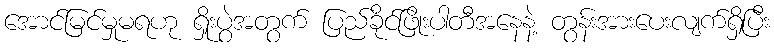
အောင်မြင်မှုမရဟု ရှိုးပွဲအတွက် ပြည်ခိုင်ဖြိုးပါတီအနေနဲ့ တွန်းအားပေးလျက်ရှိပြီး